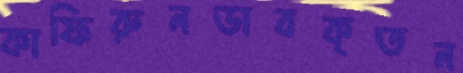
কাফিরুনডাবকৃতন